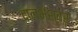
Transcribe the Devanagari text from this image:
दालभेश्वर